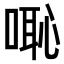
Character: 𠺨